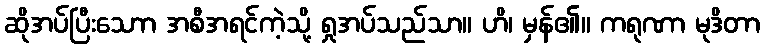
ဆိုအပ်ပြီးသောာ အစီအရင်ကဲ့သို့ ရှုအပ်သည်သာ။ ဟိ၊ မှန်၏။ ကရုဏာ မုဒိတာ